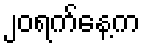
၂၀ရက်နေ့က